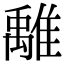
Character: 𩀌